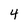
Character: 4